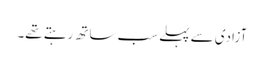
آزادی سے پہلے سب ساتھ رہتے تھے۔